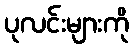
ပုလင်းများကို